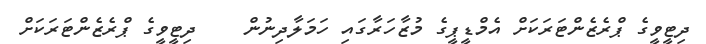
ދިޓީވީގެ ޕްރެޒެންޓަރަކަށް އެމްޑީޕީގެ މުޒާހަރާގައި ހަމަލާދިނުން    ދިޓީވީގެ ޕްރެޒެންޓަރަކަށް